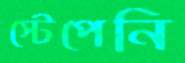
স্টেপেনি